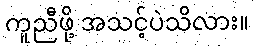
ကူညီဖို့ အသင့်ပဲသိလား။